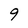
Character: 9